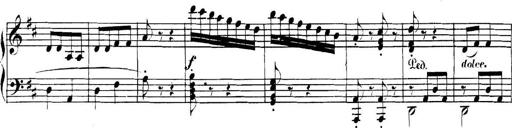
Title: Collected Piano Sonatas
Composer: Muzio Clementi